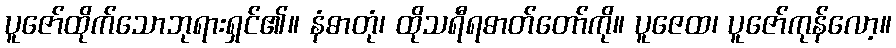
ပူဇော်ထိုက်သောဘုရားရှင်၏။ နံဓာတုံ၊ ထိုသရီရဓာတ်တော်ကို။ ပူဇေထ၊ ပူဇော်ကုန်လော့။